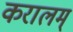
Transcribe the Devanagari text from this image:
करालम्